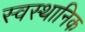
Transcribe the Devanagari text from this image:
स्वस्थानिक